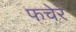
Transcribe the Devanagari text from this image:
फचेरे